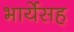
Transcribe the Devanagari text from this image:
भार्येसह